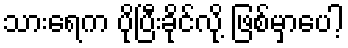
သားရေက ပိုပြီးခိုင်လို့ ဖြစ်မှာပေါ့